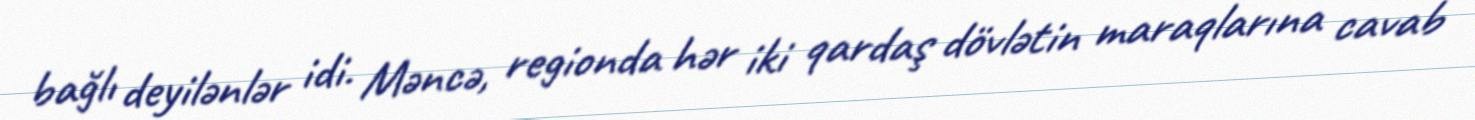
bağlı deyilənlər idi. Məncə, regionda hər iki qardaş dövlətin maraqlarına cavab